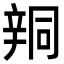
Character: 𨐗